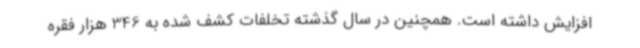
افزایش داشته است. همچنین در سال گذشته تخلفات کشف شده به 346 هزار فقره